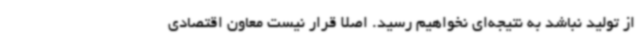
از تولید نباشد به نتیجه‌ای نخواهیم رسید. اصلا قرار نیست معاون اقتصادی